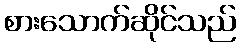
စားသောက်ဆိုင်သည်